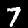
Digit: 7